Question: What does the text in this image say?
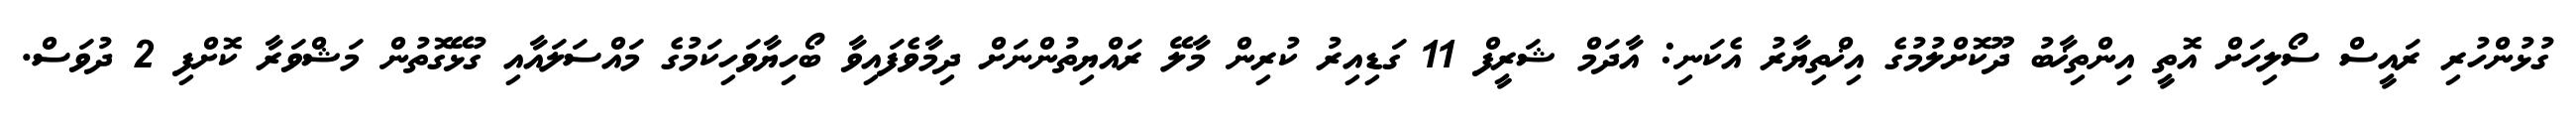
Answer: ގުޅުންހުރި ރައީސް ސޯލިހަށް އޮތީ އިންތިޚާބު ދޫކޮށްލުމުގެ އިޚްތިޔާރު އެކަނި: އާދަމް ޝަރީފް 11 ގަޑިއިރު ކުރިން މާލޭ ރައްޔިތުންނަށް ދިމާވެފައިވާ ބޯހިޔާވަހިކަމުގެ މައްސަލައާއި ގުޅޭގޮތުން މަޝްވަރާ ކޮށްފި 2 ދުވަސް.